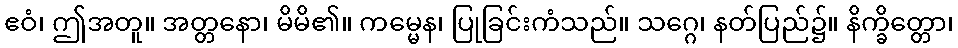
ဧဝံ၊ ဤအတူ။ အတ္တနော၊ မိမိ၏။ ကမ္မေန၊ ပြုခြင်းကံသည်။ သဂ္ဂေ၊ နတ်ပြည်၌။ နိက္ခိတ္တော၊